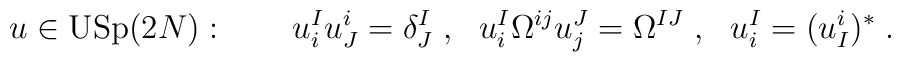
u\in \mbox{USp}(2N): \qquad u^I_iu^i_J = \delta^I_J\;, \ \ u^I_i \Omega^{ij}u^J_j = \Omega^{IJ}\;, \ \  u^I_i= (u^i_I)^*\;.